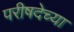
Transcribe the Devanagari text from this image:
परीषदेच्या